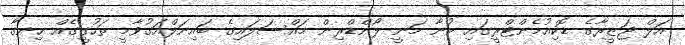
އަލް ޖަޒީރާގެ ޑޮކިއުމެންޓްރީގައި ބުނާ މަނީ ލޯންޑްރިން މައްސަލައިގެ ބައިނަލްއަގުވާމީ ތަހުގީގެއް ހިނގާ